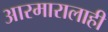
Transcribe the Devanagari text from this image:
आरमारालाही